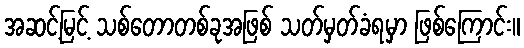
အဆင့်မြင့် သစ်တောတစ်ခုအဖြစ် သတ်မှတ်ခံရမှာ ဖြစ်ကြောင်း။